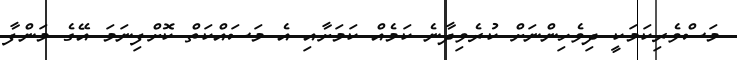
މަސްވެރިކަމަކީ ދިވެހިންނަށް ކުރެވިދާނެ ކަމެއް ކަމަށާއި އެ މަސައްކަތް ކޮށްފިނަމަ އޭގެ މަންފާ